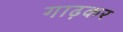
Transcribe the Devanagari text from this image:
गाढ़कर